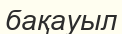
бақауыл